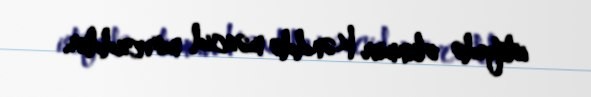
istifadə olunmur Kənddə məscid mövcuddur.